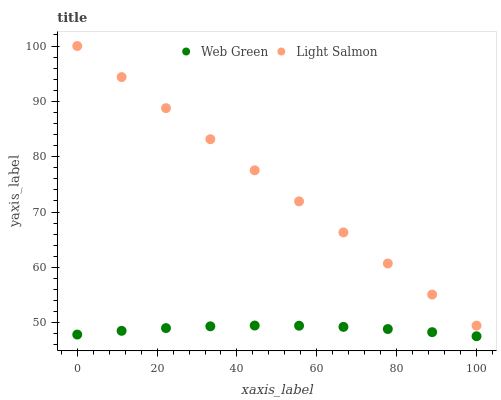
| xaxis_label | Web Green | Light Salmon |
 | --- | --- | --- |
 | 0 | 47.9 | 100 |
 | 11.1 | 48.5 | 94.4 |
 | 22.2 | 49 | 88.8 |
 | 33.3 | 49.3 | 83.2 |
 | 44.4 | 49.5 | 77.5 |
 | 55.6 | 49.5 | 71.9 |
 | 66.7 | 49.2 | 66.3 |
 | 77.8 | 48.9 | 60.7 |
 | 88.9 | 48.3 | 55.1 |
 | 100 | 47.6 | 49.5 |